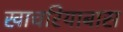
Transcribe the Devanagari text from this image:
खाचरियाबास